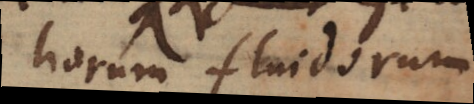
horum fluidorum